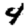
Digit: 4